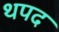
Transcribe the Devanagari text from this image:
थपद